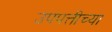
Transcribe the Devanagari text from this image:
उपपत्तीच्या